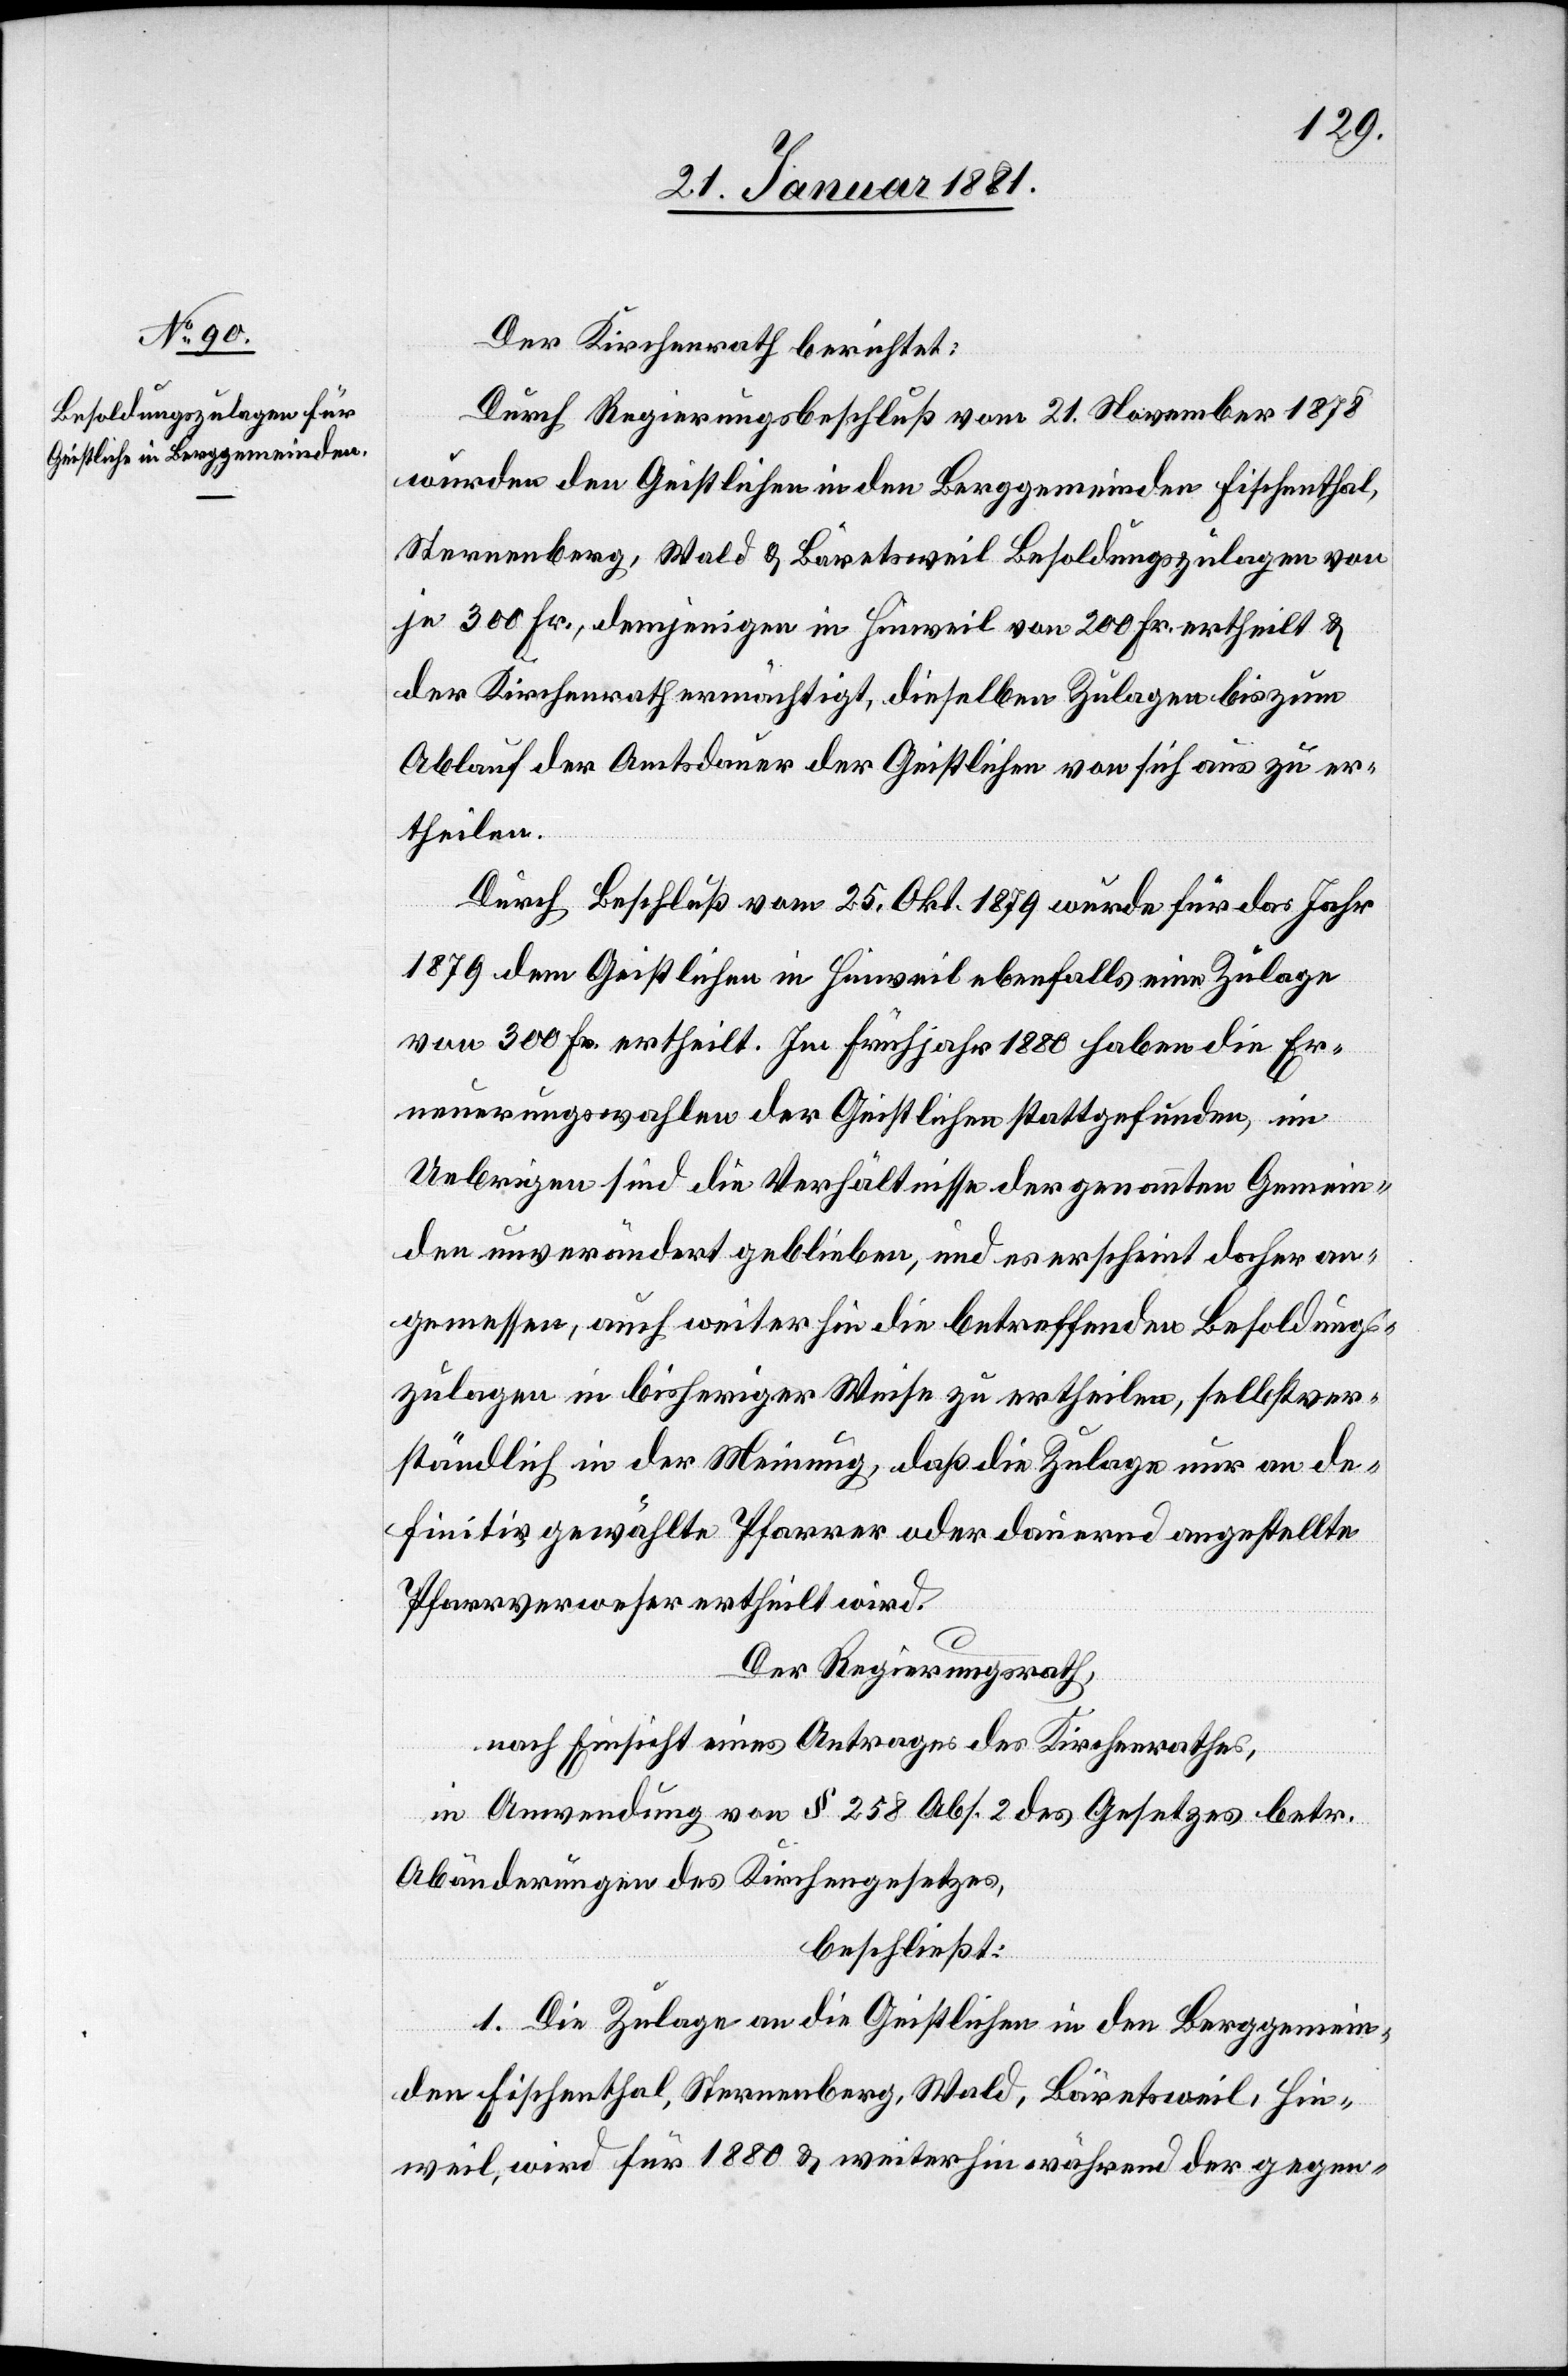
Der Kirchenrath berichtet:
Durch Regierungsbeschluß vom 21. November 1878
wurden den Geistlichen in den Berggemeinden Fischenthal,
Sternenberg, Wald & Bäretsweil Besoldungszulagen von
je 300 Fr., demjenigen in Hinweil von 200 Fr. ertheilt &
der Kirchenrath ermächtigt, dieselben Zulagen bis zum
Ablauf der Amtsdauer der Geistlichen von sich aus zu er¬
theilen.
Durch Beschluß vom 25. Okt. 1879 wurde für das Jahr
1879 dem Geistlichen in Hinweil ebenfalls eine Zulage
von 300 Fr. ertheilt. Im Frühjahr 1880 haben die Er¬
neuerungswahlen der Geistlichen stattgefunden, im
Uebrigen sind die Verhältnisse der genannten Gemein¬
den unverändert geblieben, und es erscheint daher an¬
gemessen, auch weiterhin die betreffenden Besoldungs¬
zulagen in bisheriger Weise zu ertheilen, selbstver¬
ständlich in der Meinung, daß die Zulage nur an de¬
finitiv gewählte Pfarrer oder dauernd angestellte
Pfarrverweser ertheilt wird.
Der Regierungsrath,
nach Einsicht eines Antrages des Kirchenrathes,
in Anwendung von § 258 Abs. 2 des Gesetzes betr.
Abänderungen des Kirchengesetzes,
beschließt:
1. Die Zulage an die Geistlichen in den Berggemein¬
den Fischenthal, Sternenberg, Wald, Bäretsweil, Hin¬
weil, wird für 1880 & weiterhin während der gegen-